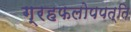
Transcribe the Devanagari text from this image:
ग्रहफलोपपत्ति